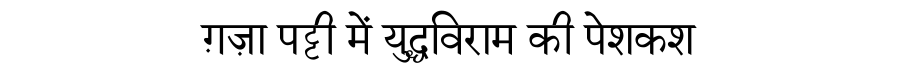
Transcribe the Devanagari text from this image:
ग़ज़ा पट्टी में युद्धविराम की पेशकश